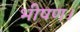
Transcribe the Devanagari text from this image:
भीषण।